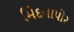
મિદનાપોર